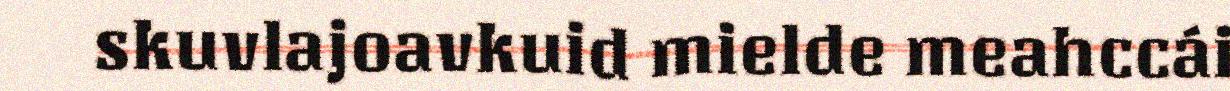
skuvlajoavkuid mielde meahccái